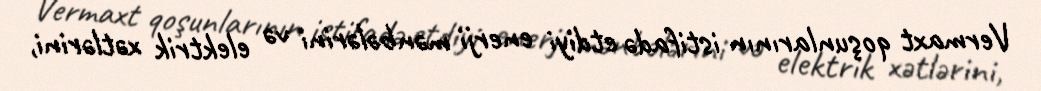
Vermaxt qoşunlarının istifadə etdiyi enerji mənbələrini və elektrik xətlərini,